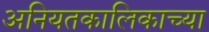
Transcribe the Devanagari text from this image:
अनियतकालिकाच्या